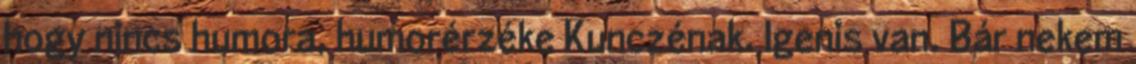
hogy nincs humora, humorérzéke Kunczénak. Igenis van. Bár nekem